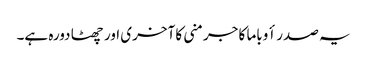
یہ صدر أوباما کا جرمنی کا آخری اور چھٹا دورہ ہے۔